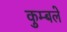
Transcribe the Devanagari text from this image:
कुम्बले